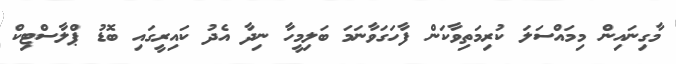
މާގިނައިން މިމައްސަލަ ކުރިމަތިވާކަން ފާހަގަވާނަމަ ބަލިމީހާ ނިދާ އެދު ކައިރީގައި ބޮޑު ޕްލާސްޓިކް